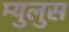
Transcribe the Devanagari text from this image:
म्युलुस